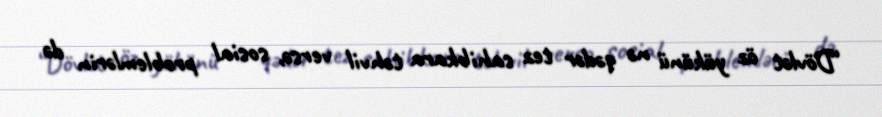
“Dövlət öz yükünü nə qədər tez sahibkara təhvil versə, sosial problemlərin də